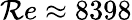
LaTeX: \mathcal{R}e\approx8398